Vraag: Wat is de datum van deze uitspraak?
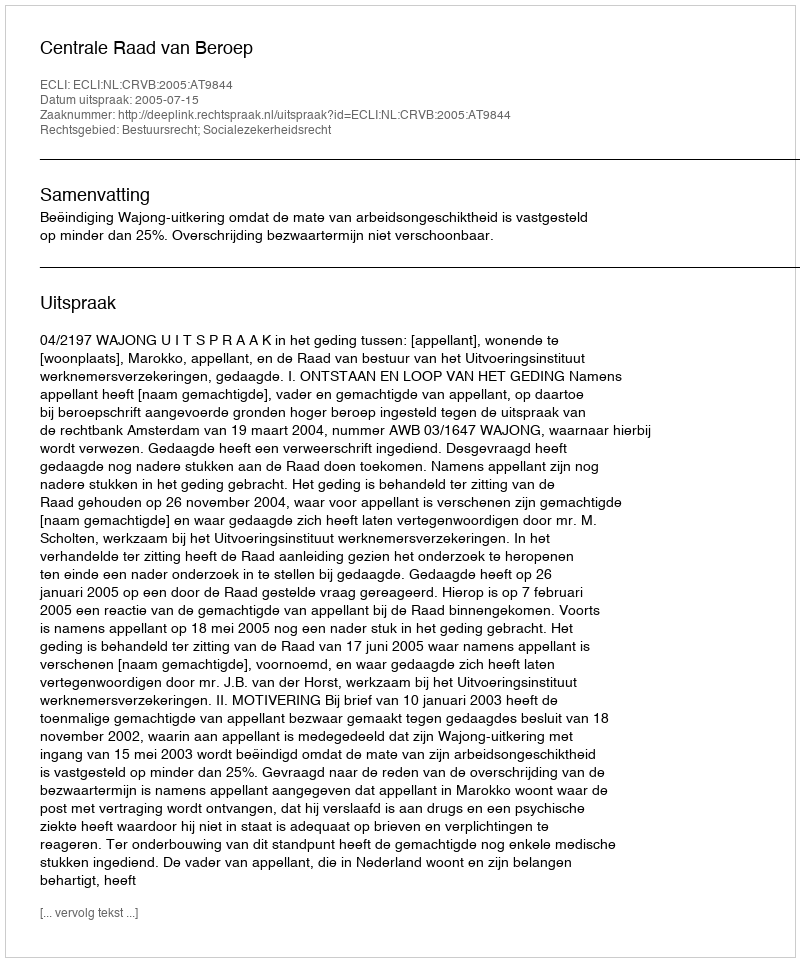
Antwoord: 2005-07-15